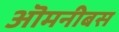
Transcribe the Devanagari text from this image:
ऒमनीबस